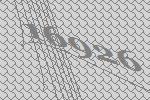
16926